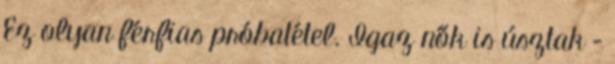
Ez olyan férfias próbatétel. Igaz nők is úsztak –